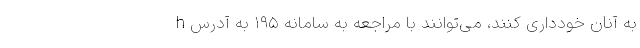
به آنان خودداری کنند، می‌توانند با مراجعه به سامانه ۱۹۵ به آدرس h